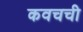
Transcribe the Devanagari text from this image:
कवचची